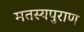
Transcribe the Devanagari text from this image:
मतस्यपुराण